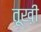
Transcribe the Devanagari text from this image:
तूख़ी